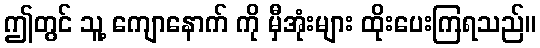
ဤတွင် သူ့ ကျောနောက် ကို မှီအုံးများ ထိုးပေးကြရသည်။